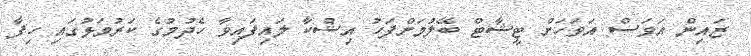
ޒައިން އަވަސް އަވަހަށް ޓީޝާޓް ބޭލުމަށްފަހު އިޝްކާ ލައިފައިވާ ހެދުމުގެ ކަރުވަޅުގައި ހިފާ